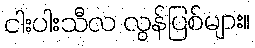
ငါးပါးသီလ လွန်ပြစ်များ။